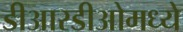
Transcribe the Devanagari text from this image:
डीआरडीओमध्ये